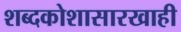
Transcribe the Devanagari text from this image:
शब्दकोशासारखाही